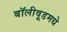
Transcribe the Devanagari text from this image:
बॉलीवूडमधे